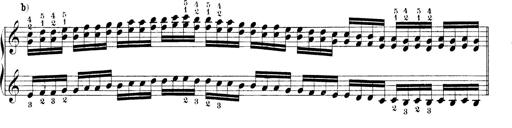
Title: Technische Studien
Composer: Franz Liszt